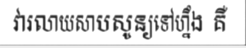
វារលាយសាបសូន្យទៅហ្នឹង គឺ